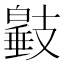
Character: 𢻩